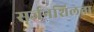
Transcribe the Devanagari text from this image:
सर्जनशिलता